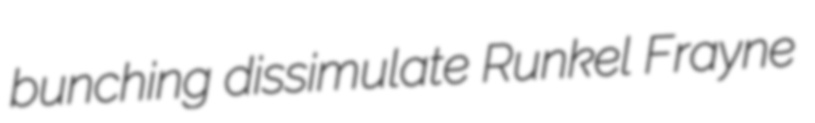
bunching dissimulate Runkel Frayne